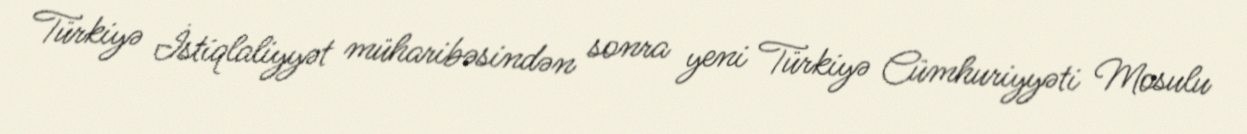
Türkiyə İstiqlaliyyət müharibəsindən sonra yeni Türkiyə Cümhuriyyəti Mosulu